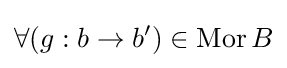
\forall (g:b\rightarrow b^{\prime })\in \mathrm {Mor} \,B